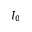
I _ { 0 }